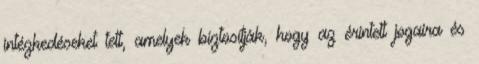
intézkedéseket tett, amelyek biztosítják, hogy az érintett jogaira és